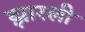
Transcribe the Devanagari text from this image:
झारली